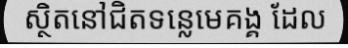
ស្ថិតនៅជិតទន្លេមេគង្គ ដែល